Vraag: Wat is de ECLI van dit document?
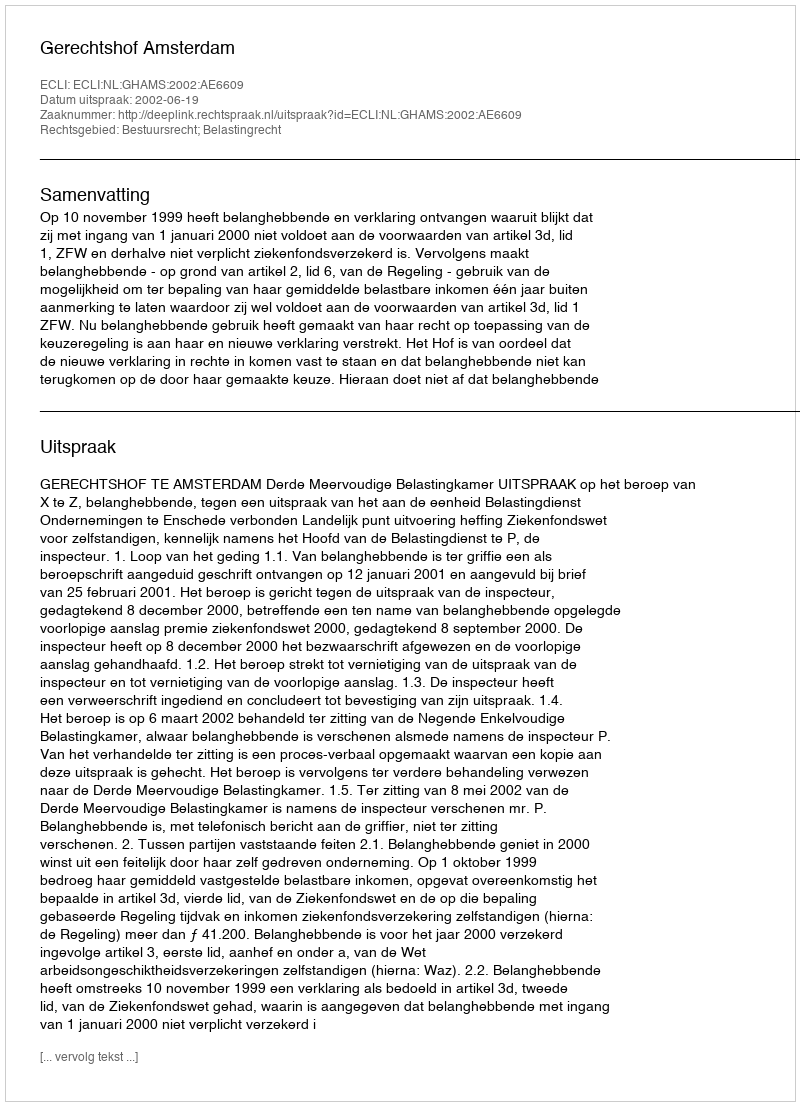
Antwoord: ECLI:NL:GHAMS:2002:AE6609